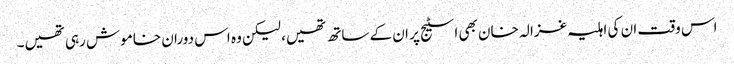
اس وقت ان کی اہلیہ غزالہ خان بھی اسٹیج پر ان کے ساتھ تھیں، لیکن وہ اس دوران خاموش رہی تھیں۔